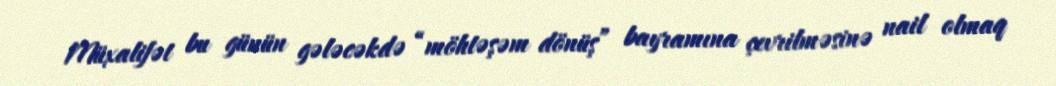
Müxalifət bu günün gələcəkdə “möhtəşəm dönüş” bayramına çevrilməsinə nail olmaq